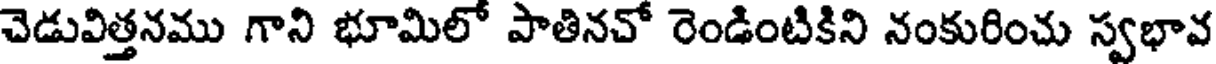
చెడువిత్తనము గాని భూమిలో పాతినచో రెండింటికిని నంకురించు స్వభావ